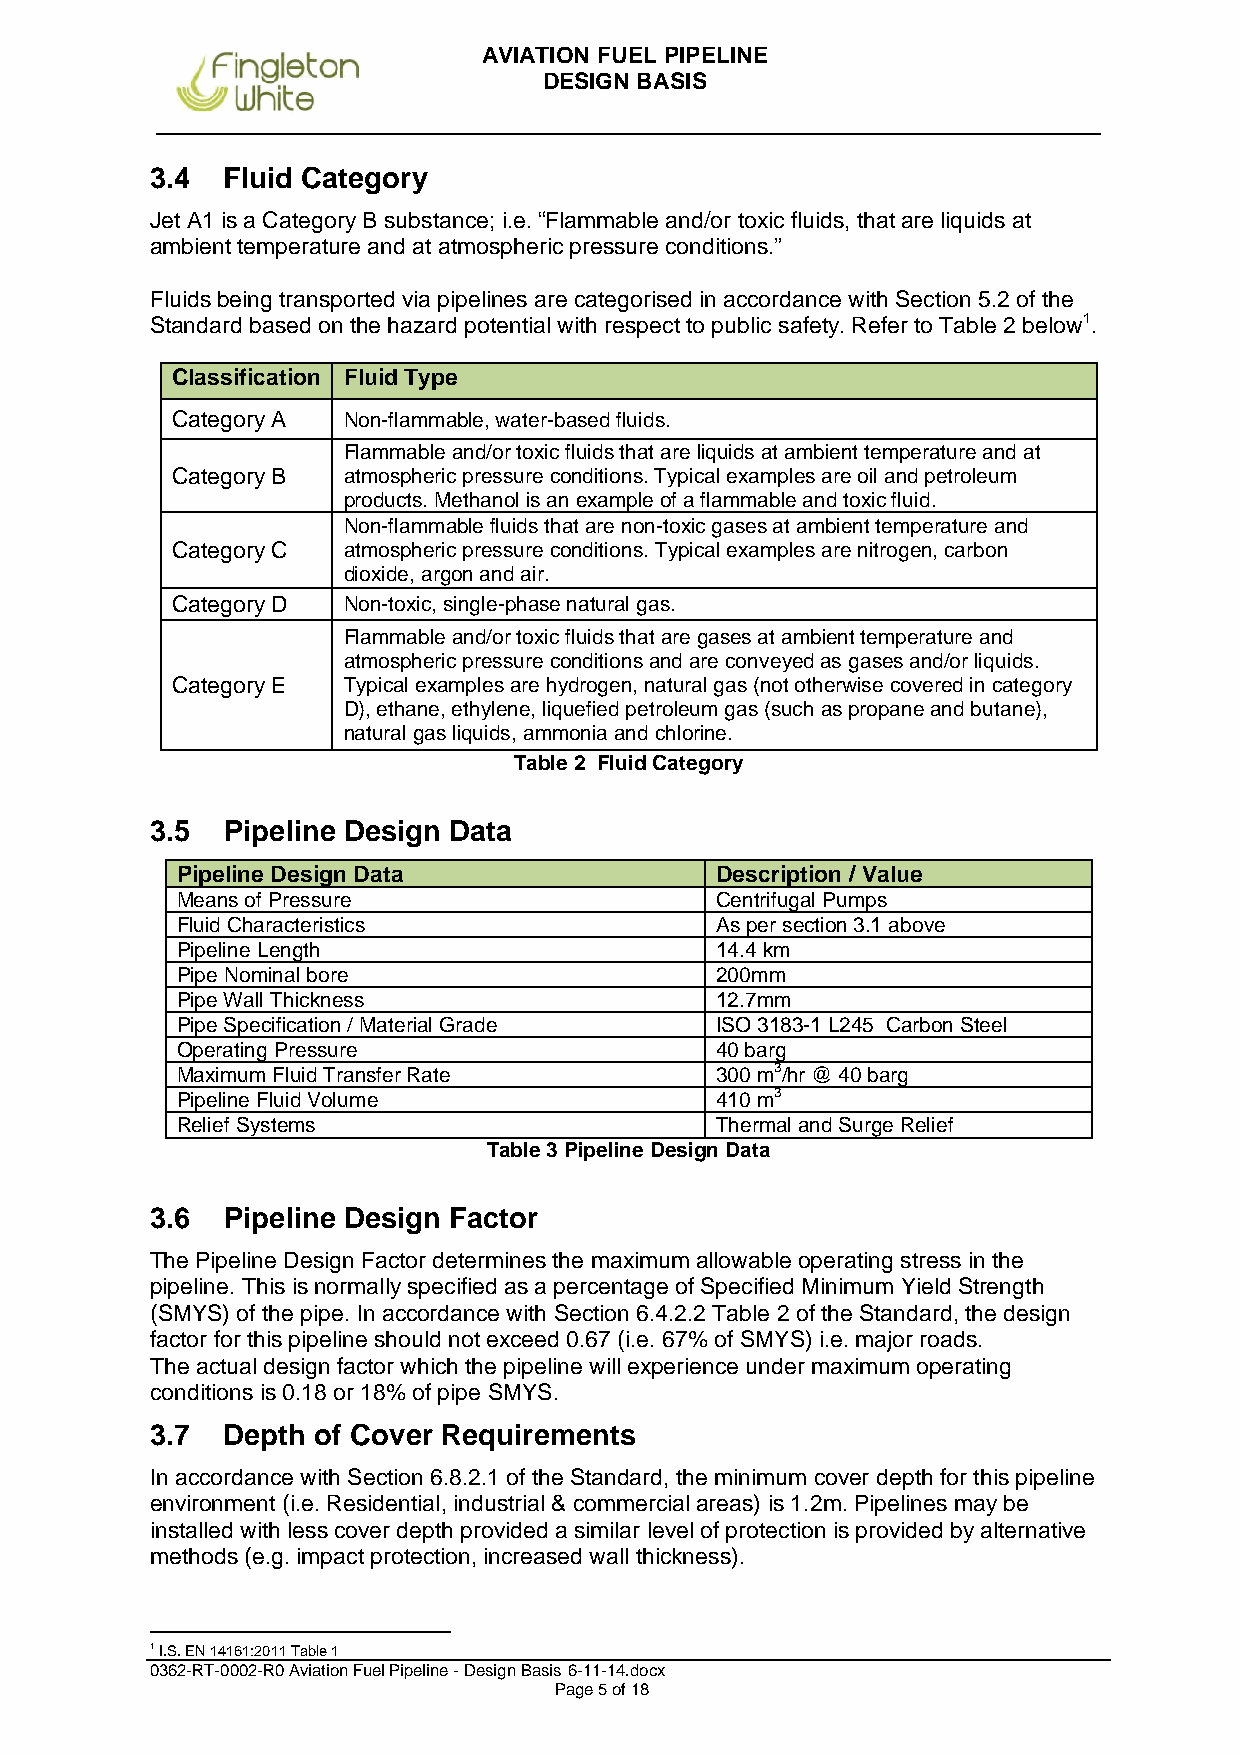
AVIATION FUEL PIPELINE
 DESIGN BASIS
 3.4  Fluid Category
 Jet A1 is a Category B substance; i.e. “Flammable and/or toxic fluids, that are liquids at
 ambient temperature and at atmospheric pressure conditions.”
 Fluids being transported via pipelines are categorised in accordance with Section 5.2 of the
 Standard based on the hazard potential with respect to public safety. Refer to Table 2 below1.
 Classification Fluid Type
 Category A  Non-flammable, water-based fluids.
 Flammable and/or toxic fluids that are liquids at ambient temperature and at
 Category B  atmospheric pressure conditions. Typical examples are oil and petroleum
 products. Methanol is an example of a flammable and toxic fluid.
 Non-flammable fluids that are non-toxic gases at ambient temperature and
 Category C  atmospheric pressure conditions. Typical examples are nitrogen, carbon
 dioxide, argon and air.
 Category D  Non-toxic, single-phase natural gas.
 Flammable and/or toxic fluids that are gases at ambient temperature and
 atmospheric pressure conditions and are conveyed as gases and/or liquids.
 Category E  Typical examples are hydrogen, natural gas (not otherwise covered in category
 D), ethane, ethylene, liquefied petroleum gas (such as propane and butane),
 natural gas liquids, ammonia and chlorine.
 Table 2 Fluid Category
 3.5  Pipeline Design Data
 Pipeline Design Data               Description / Value
 Means of Pressure                  Centrifugal Pumps
 Fluid Characteristics              As per section 3.1 above
 Pipeline Length                    14.4 km
 Pipe Nominal bore                  200mm
 Pipe Wall Thickness                12.7mm
 Pipe Specification / Material Grade ISO 3183-1 L245 Carbon Steel
 Operating Pressure                 40 barg
 Maximum Fluid Transfer Rate        300 m3/hr @ 40 barg
 Pipeline Fluid Volume              410 m3
 Relief Systems                     Thermal and Surge Relief
 Table 3 Pipeline Design Data
 3.6  Pipeline Design Factor
 The Pipeline Design Factor determines the maximum allowable operating stress in the
 pipeline. This is normally specified as a percentage of Specified Minimum Yield Strength
 (SMYS) of the pipe. In accordance with Section 6.4.2.2 Table 2 of the Standard, the design
 factor for this pipeline should not exceed 0.67 (i.e. 67% of SMYS) i.e. major roads.
 The actual design factor which the pipeline will experience under maximum operating
 conditions is 0.18 or 18% of pipe SMYS.
 3.7  Depth of Cover Requirements
 In accordance with Section 6.8.2.1 of the Standard, the minimum cover depth for this pipeline
 environment (i.e. Residential, industrial & commercial areas) is 1.2m. Pipelines may be
 installed with less cover depth provided a similar level of protection is provided by alternative
 methods (e.g. impact protection, increased wall thickness).
 1 I.S. EN 14161:2011 Table 1
 0362-RT-0002-R0 Aviation Fuel Pipeline - Design Basis 6-11-14.docx
 Page 5 of 18